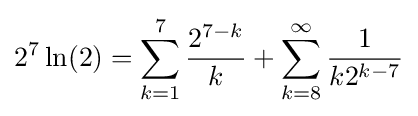
2^{7}\ln(2)=\sum _{k=1}^{7}{\frac {2^{7-k}}{k}}+\sum _{k=8}^{\infty }{\frac {1}{k2^{k-7}}}